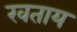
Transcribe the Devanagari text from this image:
खताय